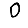
Digit: 0